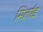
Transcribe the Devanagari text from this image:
मिर्लाड